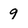
Character: 9